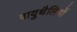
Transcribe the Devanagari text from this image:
वायुथैलियों